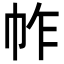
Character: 𢂃